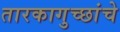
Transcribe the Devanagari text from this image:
तारकागुच्छांचे